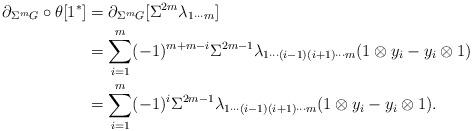
LaTeX: \begin{align*}\partial_{\Sigma^m G}\circ \theta[1^* ]& =\partial_{\Sigma^m G}[\Sigma^{2m} \lambda_{1\cdots m}]\\&=\sum\limits_{i=1}^{m}(-1)^{m+m-i}\Sigma^{2m-1}\lambda_{1\cdots (i-1)(i+1)\cdots m}(1\otimes y_i-y_i\otimes 1)\\&=\sum\limits_{i=1}^{m}(-1)^{i}\Sigma^{2m-1}\lambda_{1\cdots (i-1)(i+1)\cdots m}(1\otimes y_i-y_i\otimes 1).\end{align*}